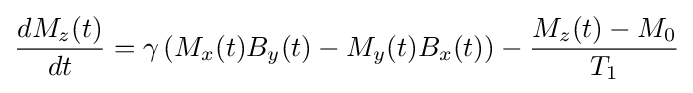
{\frac {dM_{z}(t)}{dt}}=\gamma \left(M_{x}(t)B_{y}(t)-M_{y}(t)B_{x}(t)\right)-{\frac {M_{z}(t)-M_{0}}{T_{1}}}